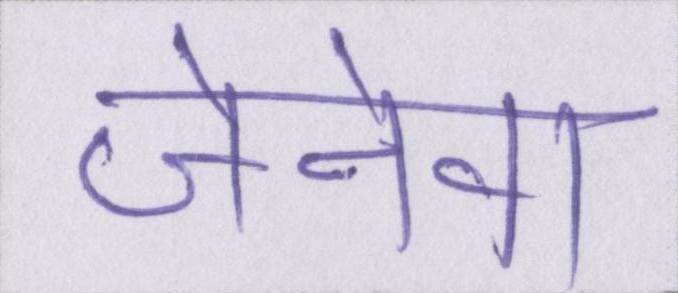
जेनेवा